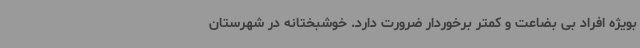
بویژه افراد بی بضاعت و کمتر برخوردار ضرورت دارد. خوشبختانه در شهرستان